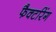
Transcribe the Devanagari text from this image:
फैक्टरिंग